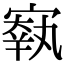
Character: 𡪐